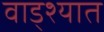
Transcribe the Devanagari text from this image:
वाड्श्यात